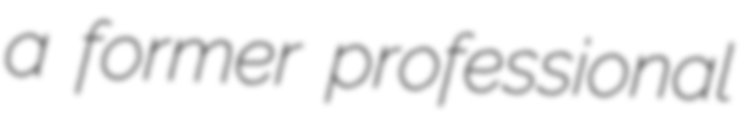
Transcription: a former professional